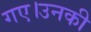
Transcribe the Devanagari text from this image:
गए।उनकी